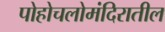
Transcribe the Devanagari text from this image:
पोहोचलोमंदिरातील